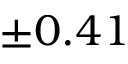
\pm 0 . 4 1